Civil Veterinary Dept. Bombay admin report 1900-1906 - 1900-1906
Year: 1900
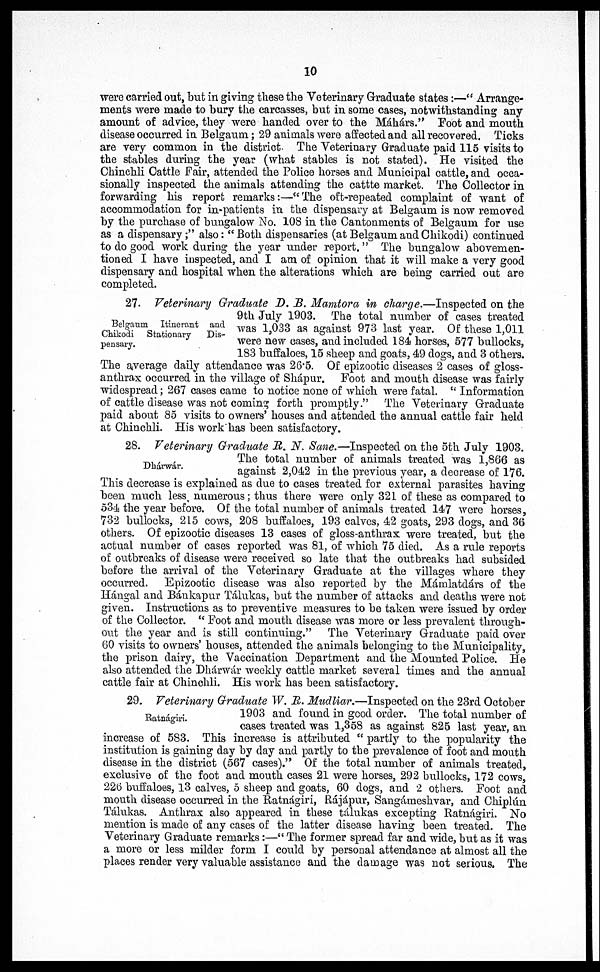
10
were carried out, but in giving these the Veterinary Graduate states:—" Arrange-
ments were made to bury the carcasses, but in some cases, notwithstanding any
amount of advice, they were handed over to the Máhárs." Foot and mouth
disease occurred in Belgaum; 29 animals were affected and all recovered. Ticks
are very common in the district. The Veterinary Graduate paid 115 visits to
the stables during the year (what stables is not stated). He visited the
Chinchli Cattle Fair, attended the Police horses and Municipal cattle, and occa-
sionally inspected the animals attending the cattte market. The Collector in
forwarding his report remarks:—"The oft-repeated complaint of want of
accommodation for in-patients in the dispensary at Belgaum is now removed
by the purchase of bungalow No. 108 in the Cantonments of Belgaum for use
as a dispensary;" also: "Both dispensaries (at Belgaum and Chikodi) continued
to do good work during the year under report." The bungalow abovemen-
tioned I have inspected, and I am of opinion that it will make a very good
dispensary and hospital when the alterations which are being carried out are
completed.
Belgaum. Itinerant and
Chikodi Stationary
Dis-
pensary.
27. Veterinary Graduate D. B. Mamtora in charge.—Inspected on the
9th July 1903. The total number of cases treated
was 1,033 as against 973 last year. Of these 1,011
were new cases, and included 184 horses, 577 bullocks,
183 buffaloes, 15 sheep and goats, 49 dogs, and 3 others.
The average daily attendance was 26.5. Of epizootic diseases 2 cases of gloss-
anthrax occurred in the village of Shápur. Foot and mouth disease was fairly
widespread; 267 cases came to notice none of which were fatal. "Information
of cattle disease was not coming forth promptly." The Veterinary Graduate
paid about 85 visits to owners' houses and attended the annual cattle fair held
at Chinchli. His work has been satisfactory.
Dhárwár.
28. Veterinary Graduate R. N. Sane.—Inspected on the 5th July 1903.
The total number of animals treated was 1,866 as
against 2,042 in the previous year, a decrease of 176.
This decrease is explained as due to cases treated for external parasites having
been much less numerous; thus there were only 321 of these as compared to
534 the year before. Of the total number of animals treated 147 were horses,
732 bullocks, 215 cows, 208 buffaloes, 193 calves, 42 goats, 293 clogs, and 36
others. Of epizootic diseases 13 cases of gloss-anthrax were treated, but the
actual number of cases reported was 81, of which 75 died. As a rule reports
of outbreaks of disease were received so late that the outbreaks had subsided
before the arrival of the Veterinary Graduate at the villages where they
occurred. Epizootic disease was also reported by the Mámlatdárs of the
Hángal and Bánkapur Tálukas, but the number of attacks and deaths were not
given. Instructions as to preventive measures to be taken were issued by order
of the Collector. "Foot and mouth disease was more or less prevalent through-
out the year and is still continuing." The Veterinary Graduate paid over
60 visits to owners' houses, attended the animals belonging to the Municipality,
the prison dairy, the Vaccination Department and the Mounted Police. He
also attended the Dhárwár weekly cattle market several times and the annual
cattle fair at Chinchli. His work has been satisfactory.
Ratnágiri.
29. Veterinary Graduate W. R. Mudliar.—Inspected on the 23rd October
1903 and found in good order. The total number of
cases treated was 1,358 as against 825 last year, an
increase of 583. This increase is attributed "partly to the popularity the
institution is gaining day by day and partly to the prevalence of foot and mouth
disease in the district (567 cases)." Of the total number of animals treated,
exclusive of the foot and mouth cases 21 were horses, 292 bullocks, 172 cows,
226 buffaloes, 13 calves, 5 sheep and goats, 60 dogs, and 2 others. Foot and
mouth disease occurred in the Ratnágiri, Rájápur, Sangámeshvar, and Chiplún
Tálukas. Anthrax also appeared in these tálukas excepting Ratnágiri. No
mention is made of any cases of the latter disease having been treated. The
Veterinary Graduate remarks:—"The former spread far and wide, but as it was
a more or less milder form I could by personal attendance at almost all the
places render very valuable assistance and the damage was not serious. The